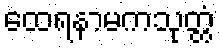
ထေရနာမကသုတ္တံ